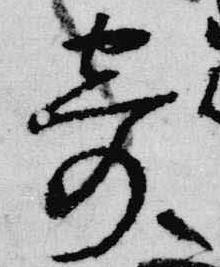
寄